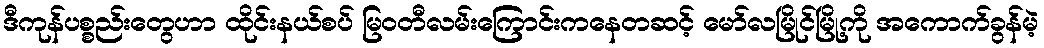
ဒီကုန်ပစ္စည်းတွေဟာ ထိုင်းနယ်စပ် မြဝတီလမ်းကြောင်းကနေတဆင့် မော်လမြိုင်မြို့ကို အကောက်ခွန်မဲ့